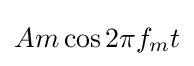
Am\cos {2\pi f_{m}t}